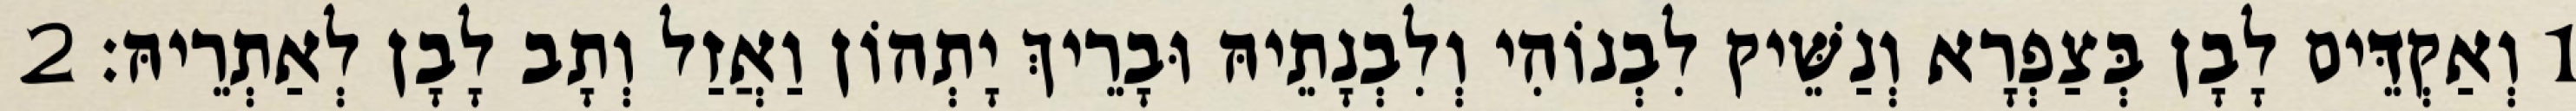
1 וְאַקְדֵּים לָבָן בְּצַפְרָא וְנַשֵּׁיק לִבְנוֹהִי וְלִבְנָתֵיהּ וּבָרֵיךְ יָתְהוֹן וַאֲזַל וְתָב לָבָן לְאַתְרֵיהּ׃ 2